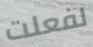
لفعلت